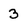
Character: 3